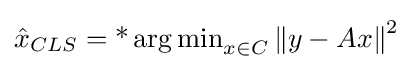
{\hat {x}}_{CLS}=\operatorname {*} {\arg \min }_{x\in C}\left\|y-Ax\right\|^{2}